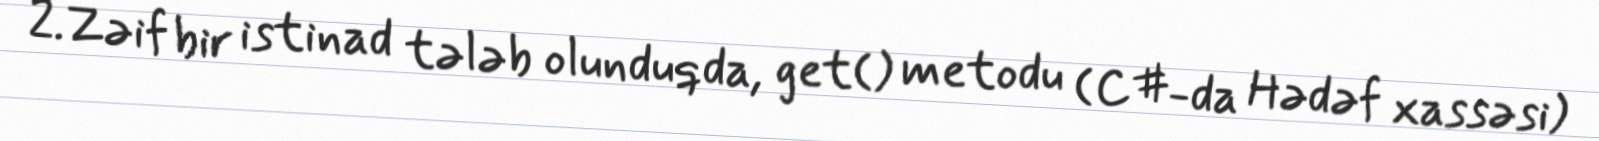
2.Zəif bir istinad tələb olunduqda, get() metodu (C#-da Hədəf xassəsi)